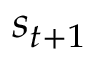
s _ { t + 1 }